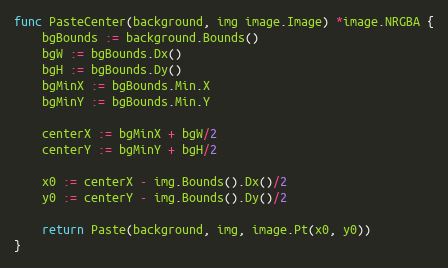
Language: Go
func PasteCenter(background, img image.Image) *image.NRGBA {
	bgBounds := background.Bounds()
	bgW := bgBounds.Dx()
	bgH := bgBounds.Dy()
	bgMinX := bgBounds.Min.X
	bgMinY := bgBounds.Min.Y

	centerX := bgMinX + bgW/2
	centerY := bgMinY + bgH/2

	x0 := centerX - img.Bounds().Dx()/2
	y0 := centerY - img.Bounds().Dy()/2

	return Paste(background, img, image.Pt(x0, y0))
}